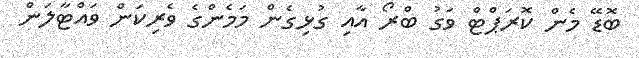
ބޮޑޭ މެން ކޮރަޕްޓް ވަގު ބްރޯ އާއި ގުޅިގެން މަމެންގެ ވެރިކަން ވައްޓާލަން